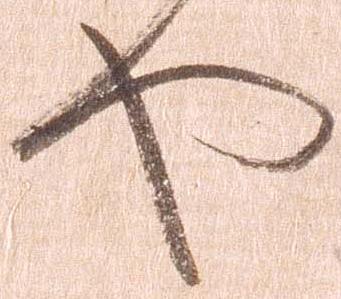
や